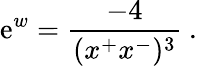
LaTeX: \mathrm{e}^{w}={\frac{-4}{(x^{+}x^{-})^{3}}}\ .